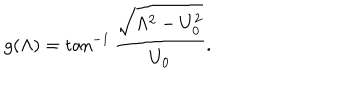
LaTeX: g ( \Lambda ) = \tan ^ { - 1 } \frac { \sqrt { \Lambda ^ { 2 } - U _ { 0 } ^ { 2 } } } { U _ { 0 } } .